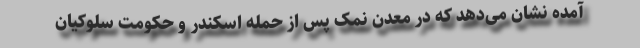
آمده نشان می‌دهد که در معدن نمک پس از حمله اسکندر و حکومت سلوکیان